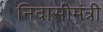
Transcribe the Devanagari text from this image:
निवासीमंत्री